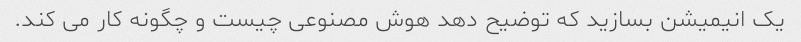
یک انیمیشن بسازید که توضیح دهد هوش مصنوعی چیست و چگونه کار می کند.